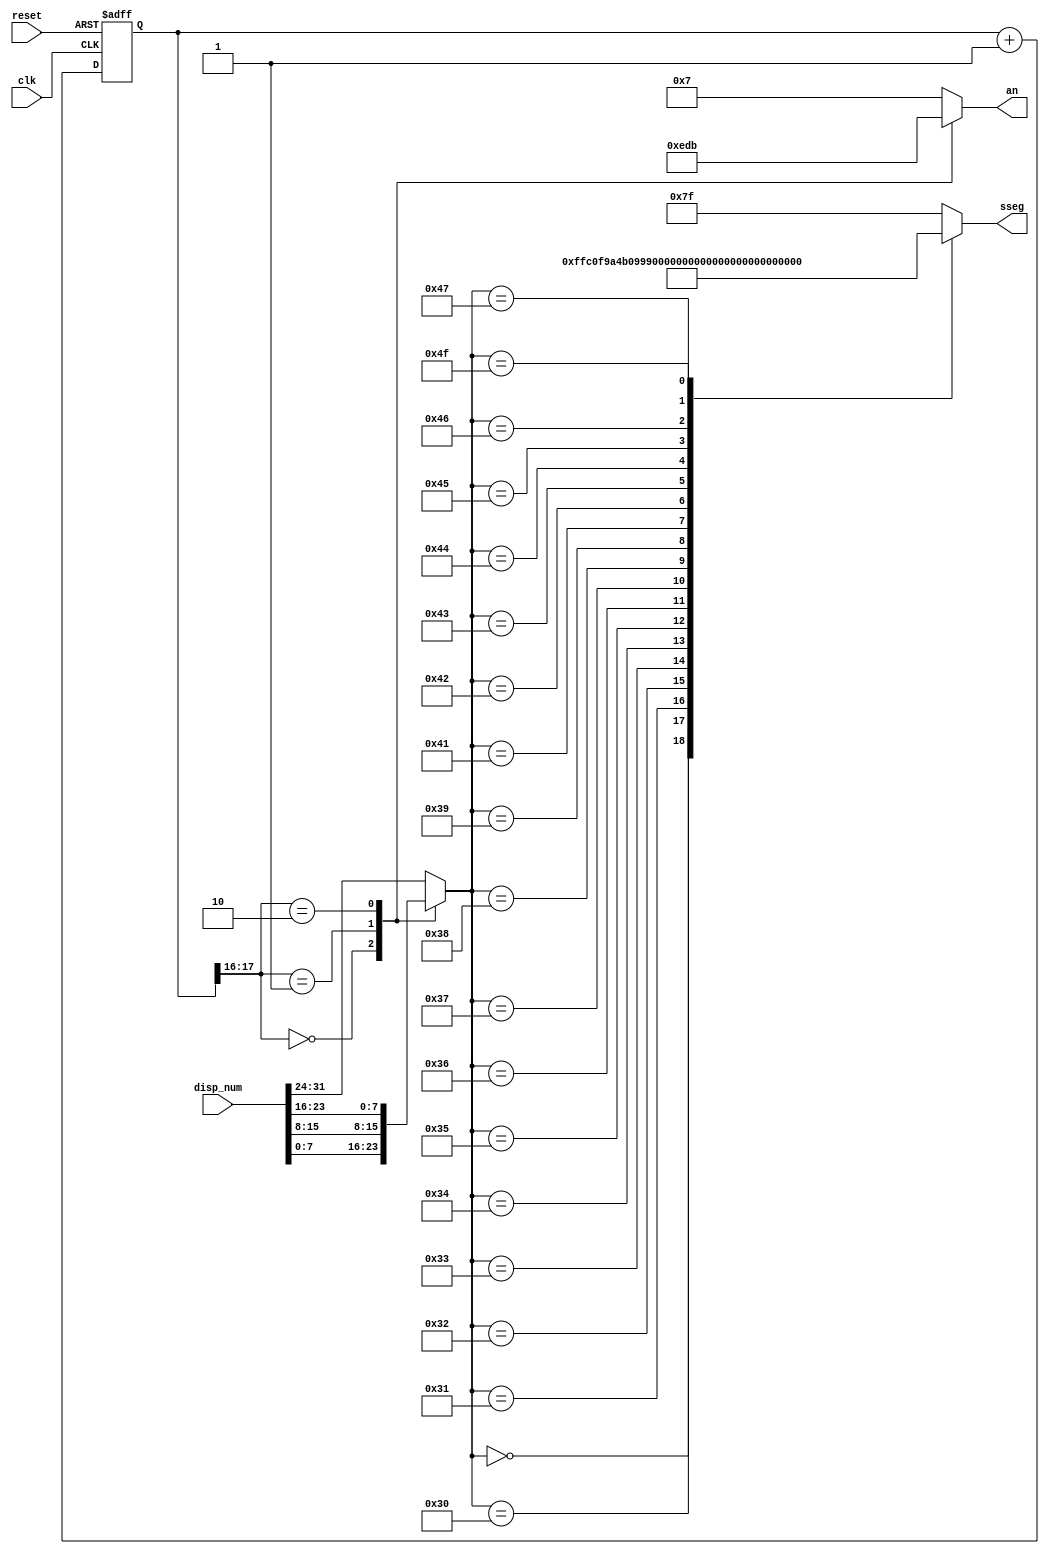
`timescale 1ns / 1ps
//////////////////////////////////////////////////////////////////////////////////
// Company: 
// Engineer: 
// 
// Design Name: 
// Module Name:    display 
// Project Name: 
// Target Devices: 
// Tool versions: 
// Description: 
//
// Dependencies: 
//
// Revision: 
// Revision 0.01 - File Created
// Additional Comments: 
//
//////////////////////////////////////////////////////////////////////////////////
module display
(
input wire clk, reset,
input wire [31:0] disp_num,
output reg [3:0] an,
output reg [7:0] sseg
);
	localparam N = 18;
	reg [N-1:0] q_reg;
	wire [N-1:0] q_next;
	reg [7:0] hex_in;
	
	always @(posedge clk, posedge reset)
	if (reset)
	q_reg <= 0;
	else
	q_reg <= q_next;
	assign q_next = q_reg + 1;
	always @*
	case (q_reg[N-1:N-2])
	2'b00:
	begin
	an = 4'b1110;
	hex_in = disp_num[7:0];
	end
	2'b01:
	begin
	an = 4'b1101;
	hex_in = disp_num[15:8];
	end
	2'b10:
	begin
	an = 4'b1011;
	hex_in = disp_num[23:16];
	end
	default:
	begin
	an = 4'b0111;
	hex_in = disp_num[31:24];
	end
	endcase
	always @*
	begin
	case(hex_in)
	8'h0:  sseg =8'b11111111;
	8'h30: sseg =8'b11000000;
	8'h31: sseg =8'b11111001;
	8'h32: sseg =8'b10100100;
	8'h33: sseg =8'b10110000;
	8'h34: sseg =8'b10011001;
	8'h35: sseg =8'b10010010;
	8'h36: sseg =8'b10000010;
	8'h37: sseg =8'b11111000;
	8'h38: sseg =8'b10000000;
	8'h39: sseg =8'b10010000;
	8'h41: sseg =8'b10001000;
	8'h42: sseg =8'b10000011;
	8'h43: sseg =8'b11000110;
	8'h44: sseg =8'b10100001;
	8'h45: sseg =8'b10000110;
	8'h46: sseg =8'b10001110;
	8'h47: sseg =8'b11000010;
	8'h4F: sseg =8'b10100011;
	default:  sseg =8'b01111111;      
	endcase
	end
endmodule

module display2(input wire clk,reset,
input wire [15:0] disp_num, 
input wire [3:0] dp_in,
output reg [3:0] an, 
output reg [7:0] sseg );
	localparam  N = 18; 
	reg [N-1:0] q_reg; 
	wire [N-1:0] q_next;
	reg [3:0] hex_in;
	reg dp;
	always @(posedge clk, posedge reset)
	if (reset)
		q_reg <= 0;
	else
		q_reg <= q_next;
	assign q_next = q_reg + 1; 
	always @*
	case (q_reg[N-1:N-2])
		2'b00:
	begin
		an = 4'b1110;
		hex_in = disp_num[3:0];
		dp = dp_in[0];
	end
	2'b01:
	begin
		an = 4'b1101;
		hex_in = disp_num[7:4];
		dp = dp_in[1];
	end
	2'b10:
	begin
		an = 4'b1011;
		hex_in = disp_num[11:8];
		dp = dp_in[2];
	end
	default:
	begin
		an = 4'b0111;
		hex_in = disp_num[15:12];
		dp = dp_in[3];
	end
	endcase
	always @*
	begin
	case(hex_in)
		4'h0: sseg[6:0] = 7'b1000000;
		4'h1: sseg[6:0] = 7'b1111001;
		4'h2: sseg[6:0] = 7'b0100100;
		4'h3: sseg[6:0] = 7'b0110000;
		4'h4: sseg[6:0] = 7'b0011001;
		4'h5: sseg[6:0] = 7'b0010010;
		4'h6: sseg[6:0] = 7'b0000010;
		4'h7: sseg[6:0] = 7'b1111000;
		4'h8: sseg[6:0] = 7'b0000000;
		4'h9: sseg[6:0] = 7'b0010000;
		4'ha: sseg[6:0] = 7'b0001000;
		4'hb: sseg[6:0] = 7'b0000011;
		4'hc: sseg[6:0] = 7'b1000110;
		4'hd: sseg[6:0] = 7'b0100001;
		4'he: sseg[6:0] = 7'b0000110;
		default: sseg[6:0] = 7'b0001110;
	endcase
	sseg[7] = dp;
	end
endmodule